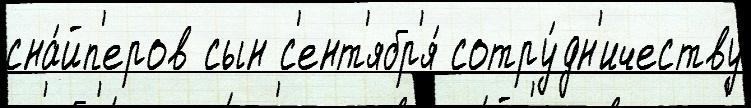
сна́йп'еров сын с'ент'ябр'я́ сотру́дн'ичеству